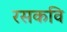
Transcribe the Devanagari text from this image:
रसकवि